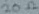
Text: 20Ω